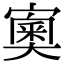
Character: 𡪿